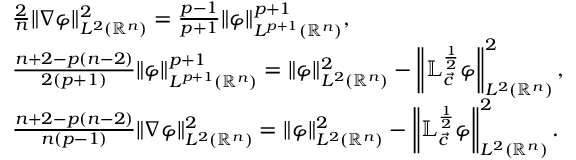
\begin{array} { r l } & { \frac 2 n \| \nabla \varphi \| _ { L ^ { 2 } ( { \mathbb { R } ^ { n } } ) } ^ { 2 } = \frac { p - 1 } { p + 1 } \| \varphi \| _ { L ^ { p + 1 } ( { \mathbb { R } ^ { n } } ) } ^ { p + 1 } , } \\ & { \frac { n + 2 - p ( n - 2 ) } { 2 ( p + 1 ) } \| \varphi \| _ { L ^ { p + 1 } ( { \mathbb { R } ^ { n } } ) } ^ { p + 1 } = \| \varphi \| _ { L ^ { 2 } ( { \mathbb { R } ^ { n } } ) } ^ { 2 } - \left\| \mathbb { L } _ { \vec { c } } ^ { \frac 1 2 } \varphi \right\| _ { L ^ { 2 } ( { \mathbb { R } ^ { n } } ) } ^ { 2 } , } \\ & { \frac { n + 2 - p ( n - 2 ) } { n ( p - 1 ) } \| \nabla \varphi \| _ { L ^ { 2 } ( { \mathbb { R } ^ { n } } ) } ^ { 2 } = \| \varphi \| _ { L ^ { 2 } ( { \mathbb { R } ^ { n } } ) } ^ { 2 } - \left\| \mathbb { L } _ { \vec { c } } ^ { \frac 1 2 } \varphi \right\| _ { L ^ { 2 } ( { \mathbb { R } ^ { n } } ) } ^ { 2 } . } \end{array}